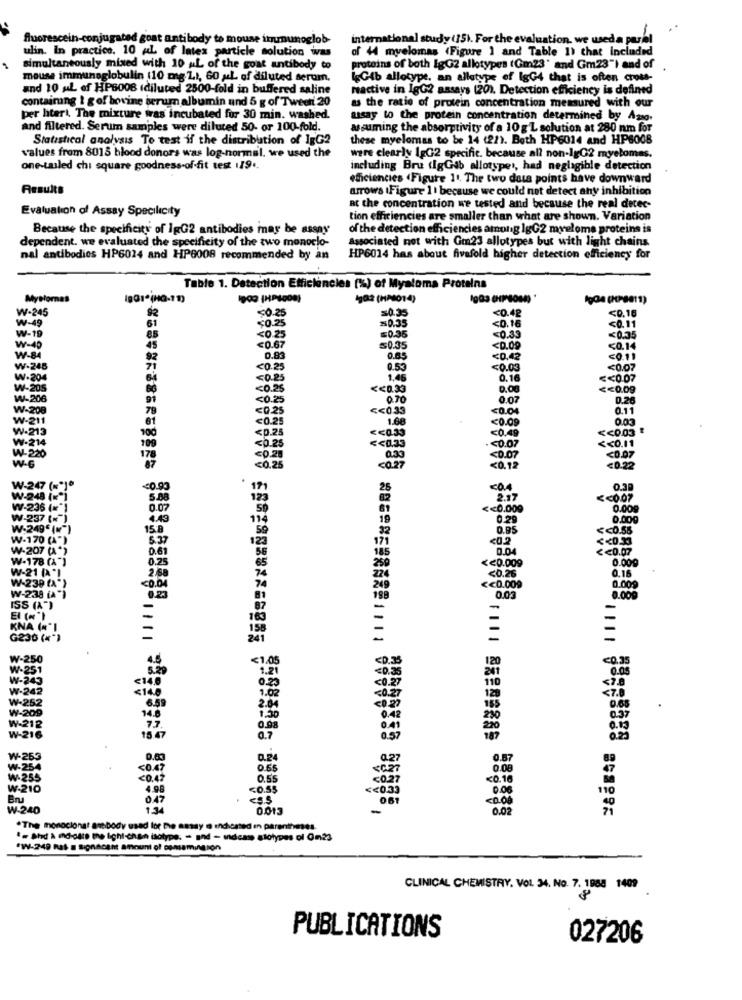
fluorescein-conjugated goat antibody to mouse immunoglob-
international study (35). For the evaluation. we useda parel
ulin. In practice. 10 AL of latex particle solution was
of 44 myelomas (Figure ] and Table 1) that included
simultaneously mixed with 10 ML of the goat antibody to
protains of both IgG2 allotypes (Gm23' and Gm23") and of
mouse immunoglobulin (10 mg Z), 60 ML of diluted serum.
IgGib allotype, an alletype of lgG4 that is often croots-
and 10 ML of HP6008 (diluted 2500-fold in buffered saline
mactive in IgG2 assays (20). Detection efficiency is defined
contairung 1 g of bovine serum albumin and 5 g of Tweeti 20
as the ratio of protein concentration measured with our
per litert, The mixture was incubated fur 30 min. washed.
assay to the protein concentration determined by Azno.
and filtered. Serum samples were diluted 50- or 100-fold.
assuming the absorptivity of a 10g'L solution at 280 nm for
Statistical analysis To test if the distribution of IgG2
these myelomas to be 14 (22). Both HP6014 and HP6008
values from 8015 blood donors was log-normal. we used the
were clearly 1gG2 specific. because all non-lgG2 myelomas.
one-tailed chi square goodness-of-fit test 119 ..
including Bru (IgGab allotypes, had negligible detection
efficiencies (Figure 11. The two data points have downward
Results
arrows (Figure 11 because we could not detect any inhibition
Evaluation of Assay Specilicity
at the concentration we tested and because the real detec-
tion efficiencies are smaller than what are shown. Variation
Because the specificity of IpG2 antibodies may be assay
of the detection efficiencies among lgG2 myeloma proteins is
dependent. we evaluated the specificity of the two monoclo-
associated not with Gm23 allotypes but with light chains
nal antibodies HP6024 and HP6008 recommended by an
HP6014 has about fivefold higher detection efficiency for
Table 1. Detection Efficiencies (%) of Myatoma Proteins
Myelomas
102 (HMOT 4)
W-245
<0.25
=0.35
<0.42
W-49
=0.35
<0.16
<0.16
61
¥0.25
<0.11
V-19
<0.25
=0.35
<0.33
<0.35
W-40
45
€0.67
50.35
<0.09
<0.14
W-84
92
0.83
0.65
<0,42
2011
W-24B
71
<0.25
0.53
<0.00
<0.07
W-204
<0.85
1.46
0.16
<< 0.07
W-205
<0.25
<< 0.33
D.O
<< 0.09
W-206
99
<0.25
0.70
0.07
0.26
W-208
79
<0.25
<< 0.33
<0.04
0.11
W-211
01
<0.25
1.68
<0.09
0.03
W-213
100
<0.25
<< 0.33
<0.49
<< 0.03
W-214
<0.07
W-220
109
<0.25
<< 0.35
<< 0.11
178
<0.28
<0.07
<0.07
<0.25
<0.27
<0.12
<0.22
W-247 (="]"
<0.93
25
<0.4
0.30
W-248 ( ** )
5.88
2.17
<< 0.07
W-236 (=")
0.07
61
<< 0.009
0.009
W-237 ("")
4.49
114
19
0.29
0.00g
W-249" ( ** )
15.B
22
O.95
<< 0.55
W-170 (A")
5.37
123
171
W-207 (A*)
0.61
56
185
0.04
<< 0.07
W-178 (A")
65
<< 0.009
W-21 'I
0.2
<0.26
0.009
0.16
2.68
224
W-239 (A )
<0.00
<< 0.009
0.009
W-238 [A")
199
0.03
8.000
ISS (A")
El (N "}
KNA (#*I
G230 ( ** )
=
241
=
W-250
<1.05
<0.35
W-251
1.21
0.05
W-243
0.25
110
W-242
<14.0
1.02
₩-262
0.22
125
<7.0
W-209
6.59
2.04
185
W-212
1,30
0.4
250
05
77
0.08
041
W-216
16 €
0.7
W-253
0.60
0.24
0.87
W-254
<0.47
0.55
0.08
W-255
<0.47
0.55
<0.10
W-210
<0.55
110
Bn
047
ess
<0.00
W-240
1:34
0.013
-
0.02
.The monoclonat antibody used lot De amay @ enchested en parentheses.
*= Shd À Indicate the light-chan isotype: - and - vidcas stotypes of 0m23
*W-249 has a Significant amount of comsamingson
CLINICAL CHEMISTRY. VOL. 34. No. 7. 1988 1409
PUBLICATIONS
027206